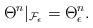
LaTeX: \begin{align*}\Theta^{n }|_{\mathcal{F}_\epsilon}=\Theta^{n }_\epsilon.\end{align*}